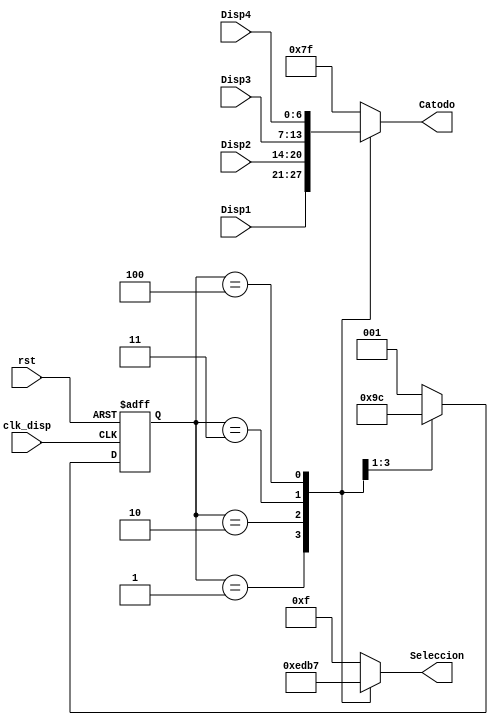
module Driver_7seg(
	input wire clk_disp,rst, //Clock y reset
	//Entradas para mostrar en los 4 displays
	input wire [6:0] Disp1,
	input wire [6:0] Disp2, 
	input wire [6:0] Disp3,
	input wire [6:0] Disp4,
	//Salidas para activar los displays
	output reg [6:0] Catodo,
	output reg [3:0] Seleccion
);

reg [2:0] estado_actual, estado_siguiente;

//Declaracion simbolica de los estados de la maquina de estados del driver
localparam [2:0] 
	idle = 3'b000,
	disp1 = 3'b001,
	disp2 = 3'b010,
	disp3 = 3'b011,
	disp4 = 3'b100;

//Comportamiento ante los cambios de clock y reset de la maquina de estados
always@(posedge clk_disp, posedge rst)
begin
	if(rst)
		estado_actual <= disp1;
	else
		estado_actual <= estado_siguiente;
end

//Comportamiento de la maquina de estado
always@*
begin
	Catodo = 7'hff; 	//Se muestra en un reset
	Seleccion = 4'hf;	//Se muestra en un reset
	case(estado_actual)
		idle:
		//Estado ante el Reset
		begin
			estado_siguiente = disp1;
		end
		disp1:
		//Se enciende el display de Unidades
		begin
			estado_siguiente = disp2;
			Catodo = Disp1;
			Seleccion = 4'b1110;
		end
		disp2:
		//Se enciende el display de Decenas
		begin
			estado_siguiente = disp3;
			Catodo = Disp2;
			Seleccion = 4'b1101;
		end
		disp3:
		//Se enciende el display de actividad, muestra una "V" o "A"
		begin
			estado_siguiente = disp4;
			Catodo = Disp3;
			Seleccion = 4'b1011;
		end
		disp4:
		//Se enciende el display del # de estado
		begin
			estado_siguiente = disp1; //Vuelve a Unidades
			Catodo = Disp4;
			Seleccion = 4'b0111;
		end
		default:
			estado_siguiente = disp1;
	endcase
end
endmodule